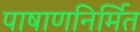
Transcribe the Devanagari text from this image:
पाषाणनिर्मित